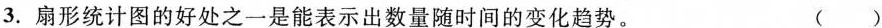
3. 扇形统计图的好处之一是能表示出数量随时间的变化趋势。 （)